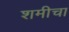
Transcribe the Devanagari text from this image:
शमीचा